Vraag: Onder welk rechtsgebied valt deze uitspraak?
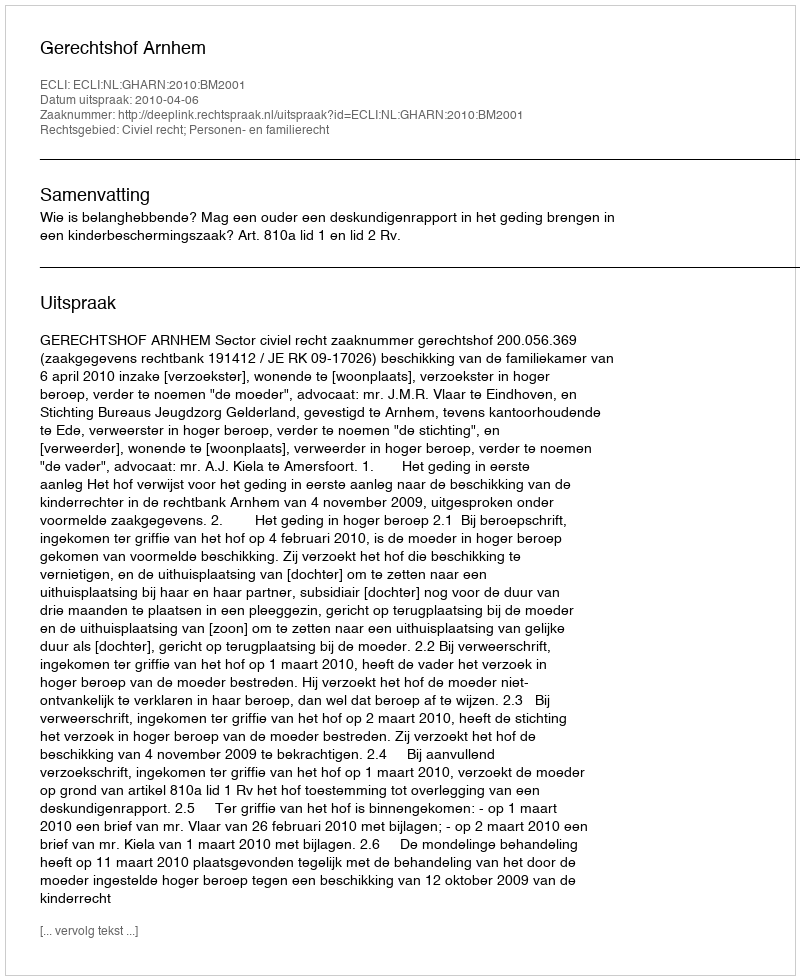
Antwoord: Civiel recht; Personen- en familierecht